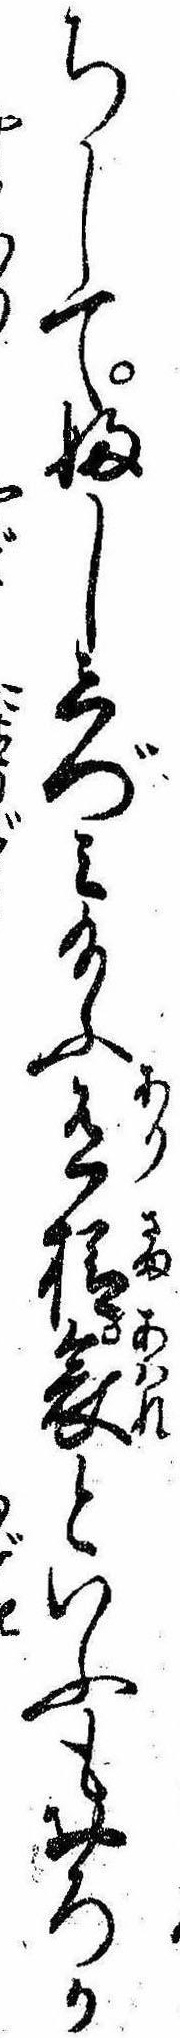
ちしてふししづミ給ふ有様哀といふもおろか